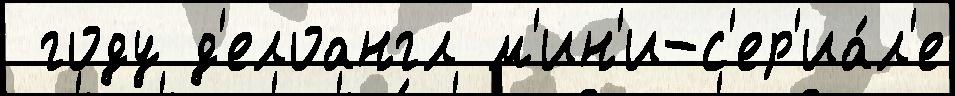
 году д'елоангл м'ин'и-с'ер'иа́л'е